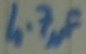
Text: 4.77µF